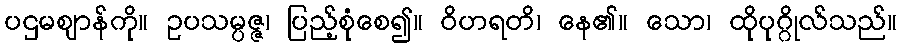
ပဌမဈာန်ကို။ ဥပသမ္ပဇ္ဇ၊ ပြည့်စုံစေ၍။ ဝိဟရတိ၊ နေ၏။ သော၊ ထိုပုဂ္ဂိုလ်သည်။